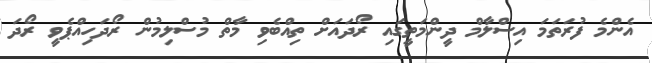
އެންމެ ފުރަތަމަ އިސްލާމް ދީންމަތީގައި ރޯދައަށް ތިއްބެވި މާތް މުސްލިމުން ރޯދަހިއްޕެވީ ރޯދަ